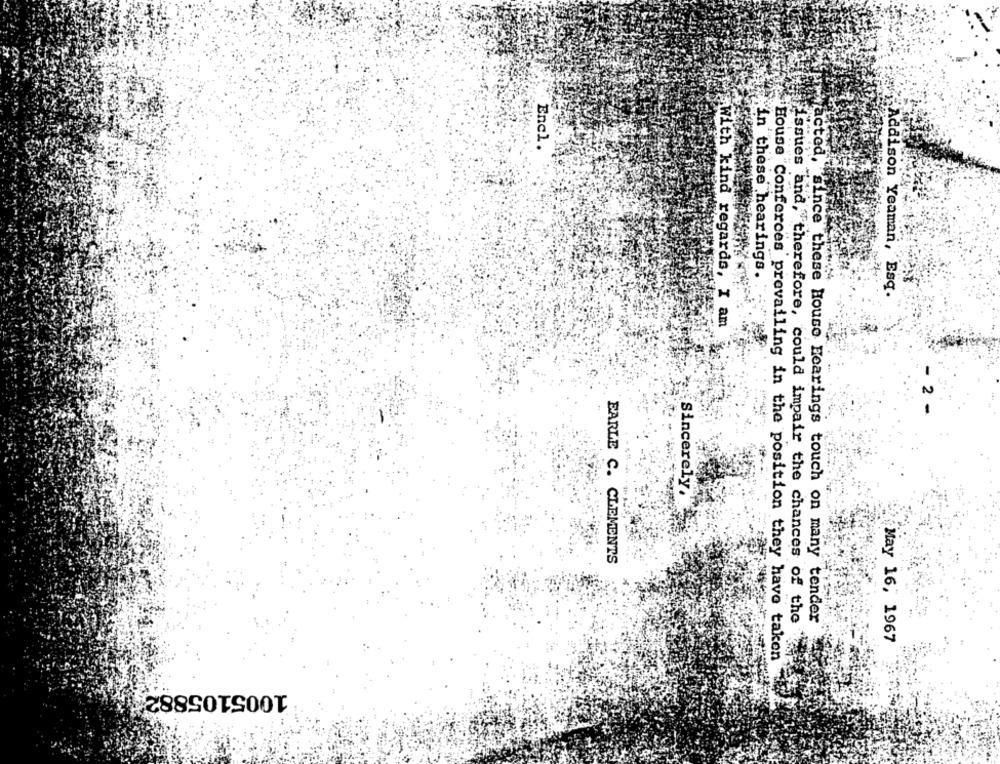
Encl
"in these hearings.
Addison Yeaman, Esq.
With kind regards, I am
Sincerely,
EARLE C. CLEMENTS
acted, since these House Fearings touch on many tender
issues and, therefore, could impair the chances of the
May 16, 1967
House "Conferces prevailing in the position they have taken
1005105882